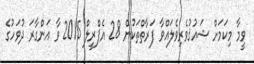
ވީމާ މިކަމަށް ޝައުޤުވެރިވެލައްވާ ފަރާތްތަކުން 28 އެޕްރީލް 2015 ވާ އަންގާރަ ދުވަހުގެ